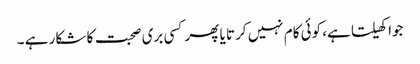
جوا کھیلتا ہے، کوئی کام نہیں کرتا یا پھر کسی بری صحبت کا شکار ہے ۔